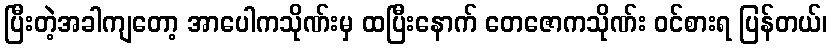
ပြီးတဲ့အခါကျတော့ အာပေါကသိုဏ်းမှ ထပြီးနောက် တေဇောကသိုဏ်း ဝင်စားရ ပြန်တယ်၊